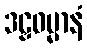
ဒဠှဓမ္မာနံ